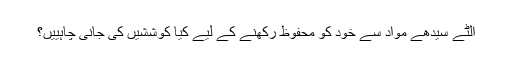
الٹے سیدھے مواد سے خود کو محفوظ رکھنے کے لیے کیا کوششیں کی جانی چاہییں؟